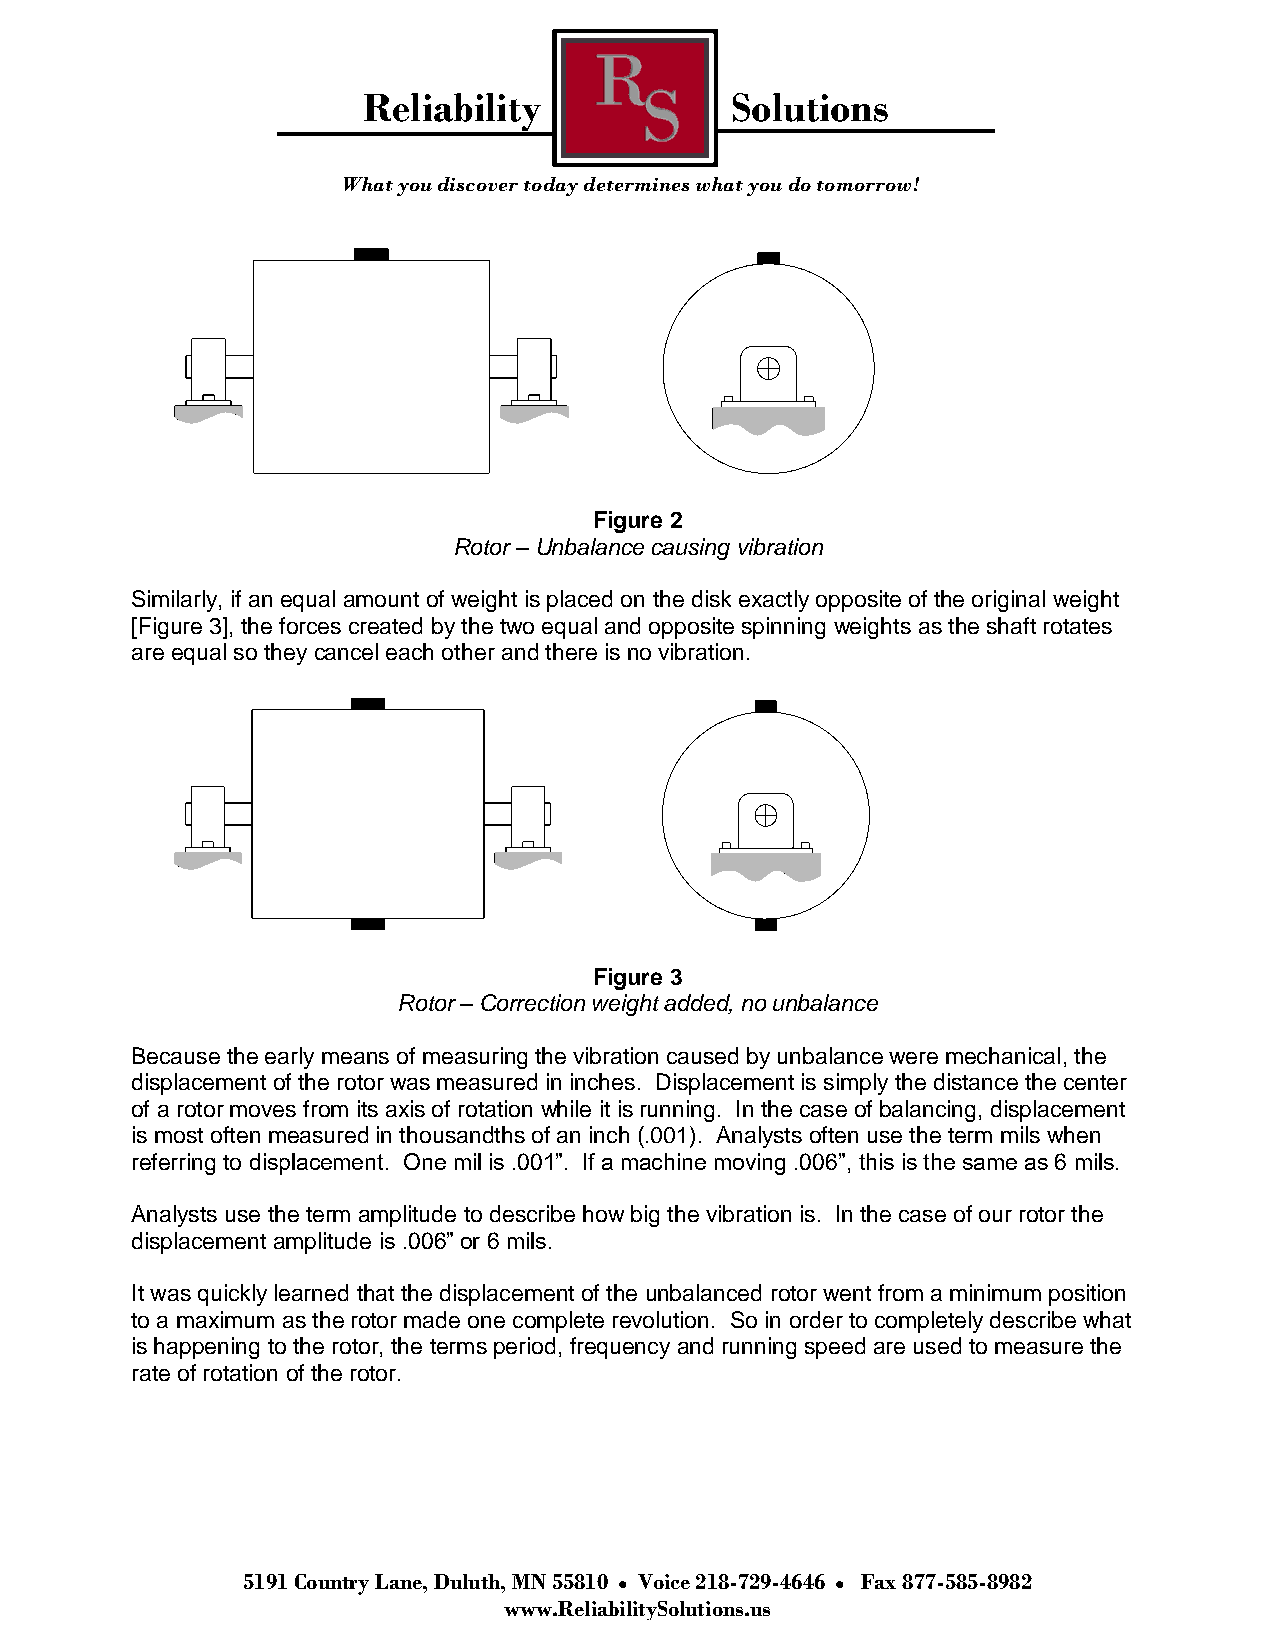
Reliability             Solutions
 What you discover today determines what you do tomorrow!
 Figure 2
 Rotor – Unbalance causing vibration
 Similarly, if an equal amount of weight is placed on the disk exactly opposite of the original weight
 [Figure 3], the forces created by the two equal and opposite spinning weights as the shaft rotates
 are equal so they cancel each other and there is no vibration.
 Figure 3
 Rotor – Correction weight added, no unbalance
 Because the early means of measuring the vibration caused by unbalance were mechanical, the
 displacement of the rotor was measured in inches. Displacement is simply the distance the center
 of a rotor moves from its axis of rotation while it is running. In the case of balancing, displacement
 is most often measured in thousandths of an inch (.001). Analysts often use the term mils when
 referring to displacement. One mil is .001”. If a machine moving .006”, this is the same as 6 mils.
 Analysts use the term amplitude to describe how big the vibration is. In the case of our rotor the
 displacement amplitude is .006” or 6 mils.
 It was quickly learned that the displacement of the unbalanced rotor went from a minimum position
 to a maximum as the rotor made one complete revolution. So in order to completely describe what
 is happening to the rotor, the terms period, frequency and running speed are used to measure the
 rate of rotation of the rotor.
 5191 Country Lane, Duluth, MN 55810 Voice 218-729-4646 Fax 877-585-8982
 www.ReliabilitySolutions.us